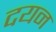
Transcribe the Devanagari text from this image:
दयन